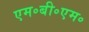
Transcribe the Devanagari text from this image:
एम॰बी॰एम॰